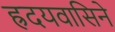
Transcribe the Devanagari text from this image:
ह्रदयवासिने